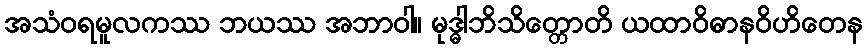
အသံဝရမူလကဿ ဘယဿ အဘာဝါ။ မုဒ္ဓါဘိသိတ္တောတိ ယထာဝိဓာနဝိဟိတေန